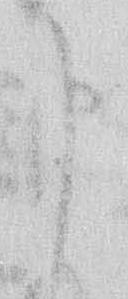
申